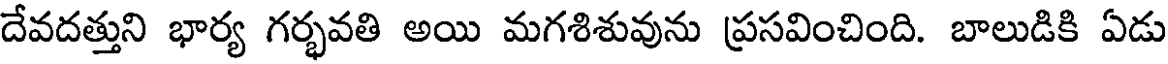
దేవదత్తుని భార్య గర్భవతి అయి మగశిశువును ప్రసవించింది. బాలుడికి ఏడు